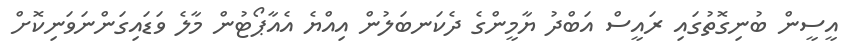
އީސީން ބުނިގޮތުގައި ރައީސް އަބްދު ޔާމީންގެ ދެކަނބަލުން އިއްޔެ އެއާޕޯޓުން މާލެ ވަޑައިގަންނަވަނިކޮށް